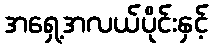
အရှေ့အလယ်ပိုင်းနှင့်